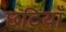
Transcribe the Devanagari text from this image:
छटियाँ